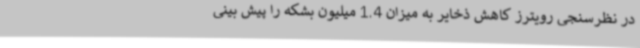
در نظرسنجی رویترز کاهش ذخایر به میزان 1.4 میلیون بشکه را پیش بینی